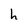
Character: h